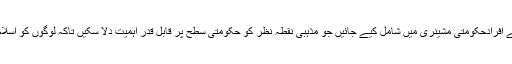
دینی فکر اور مزاج رکھنے والے ایسے افرادحکومتی مشینری میں شامل کیے جائیں جو مذہبی نقطہ نظر کو حکومتی سطح پر قابل قدر اہمیت دلا سکیں تاکہ لوگوں کو اسلام کی حقانیت کا ان کے ذریعے علم ہو۔